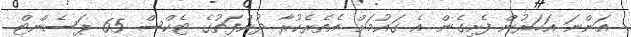
އަންނަ އަހަރުން ފެށިގެން އެ ގައުމަށް އެތެރެކުރާ ދުންފަތުގެ ޓެކްސް 65 ޕަސެންޓް